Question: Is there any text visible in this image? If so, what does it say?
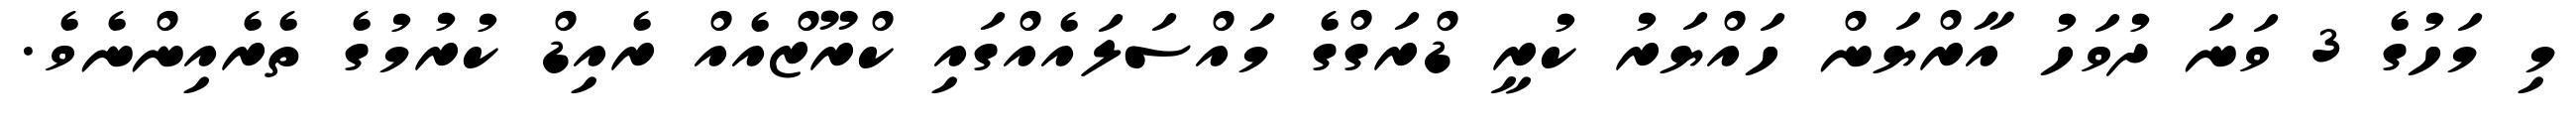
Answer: މި މަހުގެ 3 ވަނަ ދުވަހު އާރްޔަން ހައްޔަރު ކުރީ ޑްރަގްގެ މައްސަލައެއްގައި ކްރޫޒްއެއް ރެއިޑް ކުރުމުގެ ތެރެއިންނެވެ.